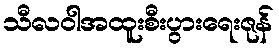
သီလဝါအထူးစီးပွားရေးဇုန်